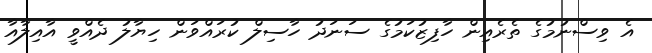
އެ ވިސްނުމުގެ ތެރެއިން ހާފިޒުކަމުގެ ސަނަދު ހާސިލް ކުރައްވަން ހިޔާލު ދެއްވީ އާއިލާއާ